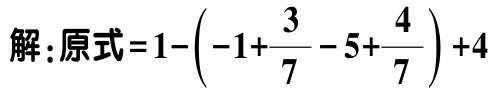
解：原式\(=1-\left(-1+\frac{3}{7}-5+\frac{4}{7}\right)+4\)